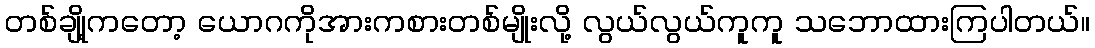
တစ်ချို့ကတော့ ယောဂကိုအားကစားတစ်မျိုးလို့ လွယ်လွယ်ကူကူ သဘောထားကြပါတယ်။